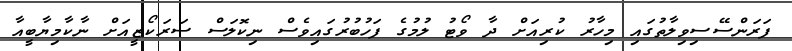
ފަރަންސޭސިވިލާތުގައި މިހާރު ކުރިއަށް ދާ ވޯޓު ލުމުގެ ފަހުބުރުގައިވެސް ނިކޮލަސް ސަރަކޯޒީއަށް ނާކާމިޔާބީއާ